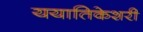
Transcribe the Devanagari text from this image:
ययातिकेशरी